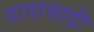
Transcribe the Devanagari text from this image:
दादाबाड़ी